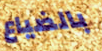
بالضياع